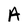
Character: A